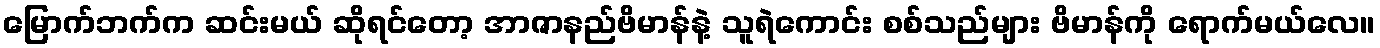
မြောက်ဘက်က ဆင်းမယ် ဆိုရင်တော့ အာဇာနည်ဗိမာန်နဲ့ သူရဲကောင်း စစ်သည်များ ဗိမာန်ကို ရောက်မယ်လေ။